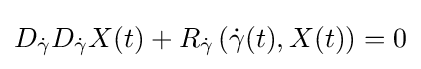
D_{\dot {\gamma }}D_{\dot {\gamma }}X(t)+R_{\dot {\gamma }}\left({\dot {\gamma }}(t),X(t)\right)=0